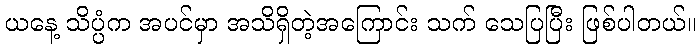
ယနေ့ သိပ္ပံက အပင်မှာ အသိရှိတဲ့အကြောင်း သက် သေပြပြီး ဖြစ်ပါတယ်။